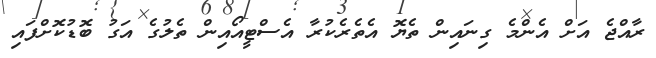
ރާއްޖެ އަށް އެންމެ ގިނައިން ތެޔޮ އެތެރެކުރާ އެސްޓީއޯއިން ތެލުގެ އަގު ބޮޑުކޮށްފައި